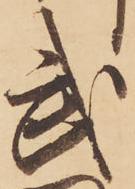
武